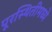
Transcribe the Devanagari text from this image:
पूरस्थितीमध्ये